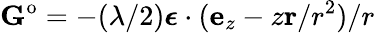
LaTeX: \mathbf{G}^{\mathrm{o}}=-(\lambda/2)\boldsymbol{\epsilon}\cdot(\mathbf{e}_{z}-z\mathbf{r}/r^{2})/r